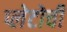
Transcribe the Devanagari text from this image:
प्लेटोची